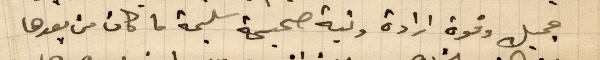
جميل وقوة إرادة ونية صحيحة سليمة ما كان من بعدها